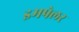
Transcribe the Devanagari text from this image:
इमपेलर